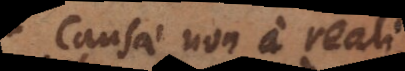
causae non a reali